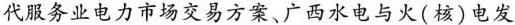
代服务业电力市场交易方案、广西水电与火(核)电发